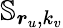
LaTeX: \mathbb{S}_{\boldsymbol{r}_{u},k_{v}}